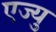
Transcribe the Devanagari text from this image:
एज्यु